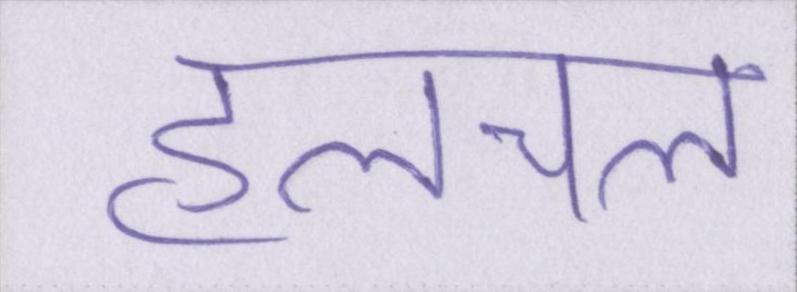
हलचल